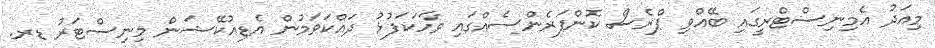
މިއަދު އެމިނިސްޓްރީގައި ބޭއްވި ޕްރެސް ކޮންފަރެންސެއްގައި ވާހަކަފުޅު ދައްކަވަމުން އެޑިއުކޭޝަން މިނިސްޓަރު ޑރ.